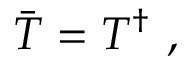
\bar { T } = T ^ { \dagger } \, \, ,